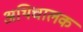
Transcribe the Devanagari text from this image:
अथिचालक